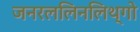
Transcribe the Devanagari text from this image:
जनरललिनलिथ्गो